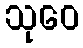
သုဝေ